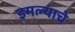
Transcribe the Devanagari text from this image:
इमल्याचे